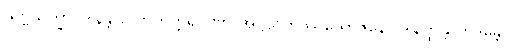
သဗ္ဗသိက္ခာပဒါနန္တိ လောကုတ္တရဂုဏာ အဋ္ဌသဟဿယောဇနော ဒါနတ္ထန္တိ တဒန္တော